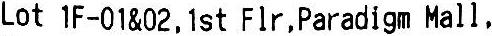
LOT 1F-01&02,1ST FLR,PARADIGM MALL,